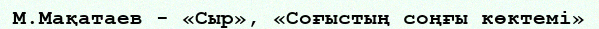
М.Мақатаев - «Сыр», «Соғыстың соңғы көктемі»